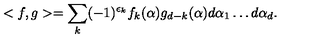
< f , g > = \sum _ { k } ( - 1 ) ^ { \epsilon _ { k } } f _ { k } ( \alpha ) g _ { d - k } ( \alpha ) d \alpha _ { 1 } \dots d \alpha _ { d } .